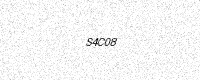
Text: S4C08